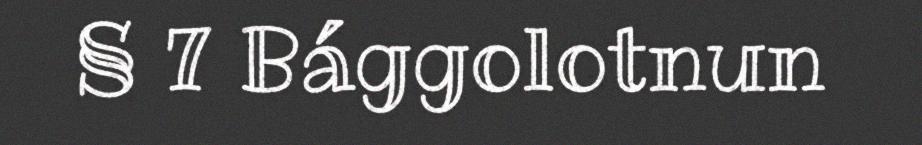
§ 7 Bággolotnun